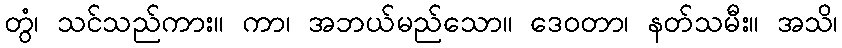
တွံ၊ သင်သည်ကား။ ကာ၊ အဘယ်မည်သော။ ဒေဝတာ၊ နတ်သမီး။ အသိ၊